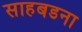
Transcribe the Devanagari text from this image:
साहबडना